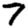
Digit: 7